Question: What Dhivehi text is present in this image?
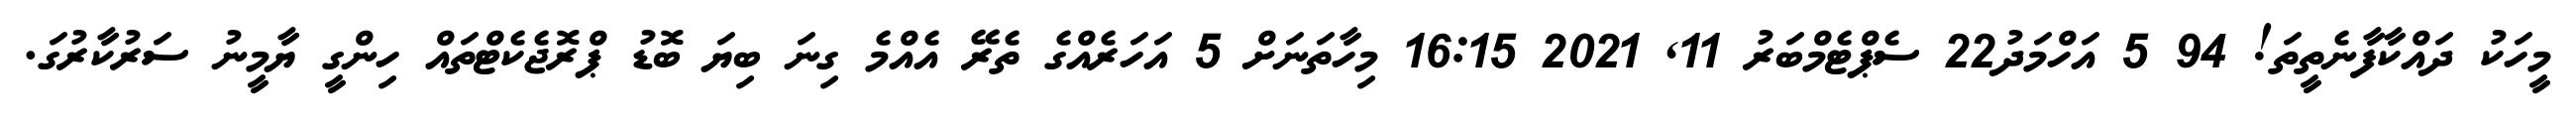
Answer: މީހަކު ދައްކާފާނެތީތަ! 94 5 އަހްމަދު22 ސެޕްޓެމްބަރު 11, 2021 16:15 މިހާތަނަށް 5 އަހަރެއްގެ ތެރޭ އެއްމެ ގިނަ ބިޔަ ބޮޑު ޕްރޮޖެކެޓްތައް ހިންގީ ޔާމީނު ސަރުކާރުގަ.